system: You are a helpful assistant.
user:
Analyze the provided spectrum to determine if it is a **"Cataclysmic Variables (CV)"**.

- **Key Indicators for CV (Check for either state):**
    - **State 1: Quiescent / Low-State (Emission-Dominated)**
        - **(Primary):** Strong and *very broad* Hydrogen Balmer emission lines (e.g., $H\alpha$ at 6563 Å, $H\beta$ at 4861 Å). The 'broadness' (high velocity dispersion, often FWHM > 1000 km/s) is the key diagnostic, indicating a high-velocity accretion disk.
        - **(Secondary):** Broad neutral Helium (He I) emission lines (e.g., 5876 Å, 6678 Å).
        - **(Key Confirmation):** Presence of high-excitation *ionized* Helium (He II) emission at 4686 Å. This is a strong indicator of accretion onto a white dwarf.
        - **(Line Profile):** Emission lines may exhibit a 'double-peaked' profile, which is a classic signature of a rotating accretion disk viewed at high inclination.

    - **State 2: Outburst / High-State (Absorption-Dominated)**
        - **(Primary):** Spectrum is dominated by a bright, blue continuum (looks like a hot star).
        - **(Secondary):** The emission lines from State 1 are weak, absent, or 'filled in', and are replaced by broad, shallow *absorption* lines (primarily Balmer and He I).
        - **(Morphology):** The overall spectrum mimics a hot B/A-type star. The crucial difference is that the absorption lines are significantly broader, shallower, and more 'washed-out' (or 'smeared') than the sharp lines of a normal stellar photosphere, due to high rotational speeds and pressure broadening in the disk.

Think first, call **spectral_visualization_tool** if needed to examine features in detail, then provide your final answer. Your response must adhere to the following strict rules:
1.  **Overall Structure:** Your response must follow the format `<think>...</think> <tool_call>...</tool_call> (if a tool is used) <answer>...</answer>`.
2.  **Tool Usage Constraint:** You may only make **one** tool call per turn.
3.  **Final Answer Format:** In the `<answer>` tag, your conclusion must be inside a `\boxed{}` command (e.g., `\boxed{YES}`), followed by your justification.

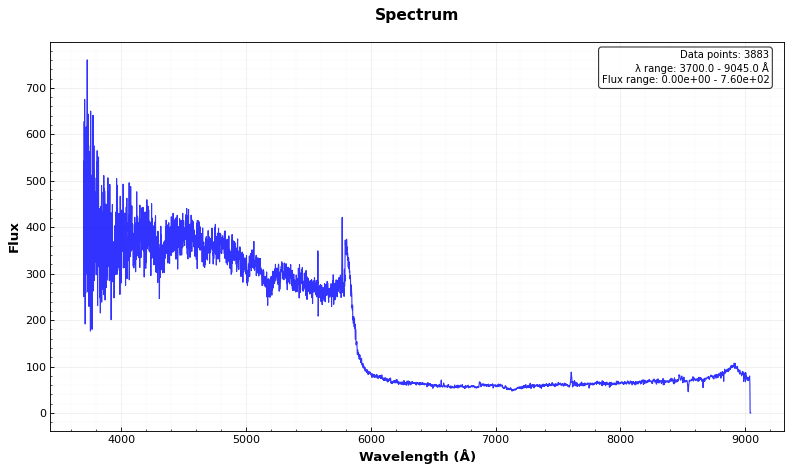
Answer: NO